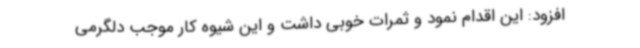
افزود: این اقدام نمود و ثمرات خوبی داشت و این شیوه کار موجب دلگرمی